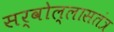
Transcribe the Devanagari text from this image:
सर्वोल्लासतंत्र